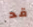
قد